Report on sanitation, dispensaries, and jails in Rajputana for 1909, and on vaccination for the year 1909-1910 - 1909-1910
Year: 1909
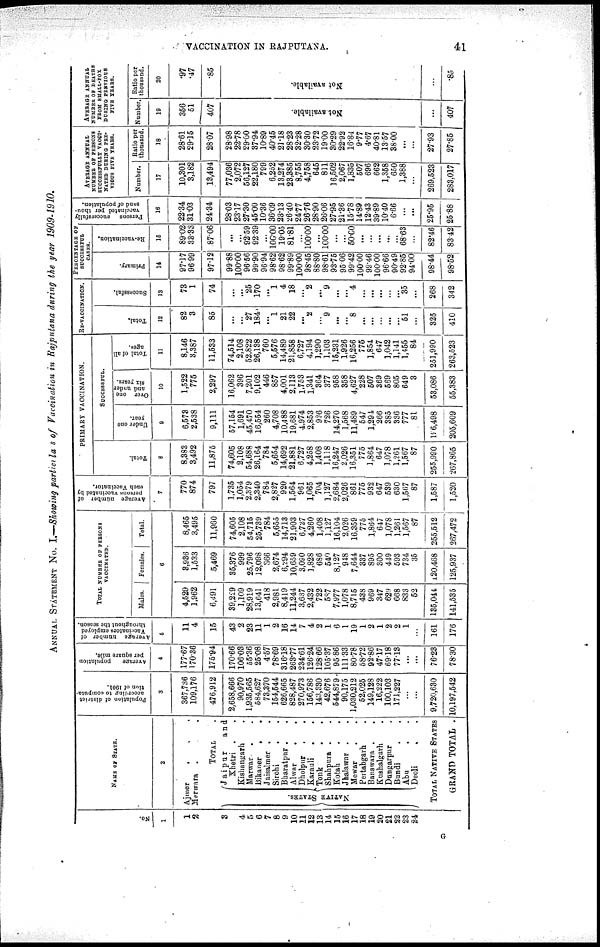
VACCINATION IN RAJPUTANA.
41
ANNUAL STATEMENT No. I.—Showing particulas of Vaccination in Rajputana during the year
1909-1910.
No
1
1
2
3
4
5
6
7
8
9
10
11
12
13
14
15
16
17
18
19
20
21
22
23
24
NAME OF STATE.
2
Ajmer
.
. .
Merwara . .
TOTAL .
NATIVE STATES.
Jaipur
and
Khetri . .
Kishangarh .
Marwar . .
Bikaner
.
.
Jaisalmer . .
Sirohi . .
Bharatpur . .
Alwar . .
Dholpur
.
.
Karauli
. .
Tonk . .
Shahpura . .
Kotah . .
Jhalawar . .
Mewar . .
Pertabgarh .
Banswara . .
Kushalgarh .
Dungarpur .
Bundi . .
Abu . .
Deoli . .
TOTAL NATIVE STATES
GRAND TOTAL .
Population of district
according to computa-
tion of 1901.
3
367,736
109,176
476,912
2,658,666
90,970
1,935,565
584,627
73,370
154,544
626,665
828,487
270,973
156,786
143,330
42,676
544,879
90,175
1,030,212
52,025
149,128
16,222
100,103
171,227
...
...
9,720,630
10,197,542
Average
population
per square mile.
4
177.67
170.36
175.94
170.66
106.03
55.36
25.08
4.57
78.69
316.18
263.77
234.61
126.24
128.66
105.37
95.86
111.33
80.78
58.72
92.86
47.17
69.18
77.13
...
...
76.23
78.30
Average number of
Vaccinators employed
throughout the season.
5
11
4
15
43
2
23
11
1
2
16
14
7
4
2
1
6
1
19
1
2
1
2
2
1
...
161
176
TOTAL NUMBER OF PERSONS
VACCINATED.
Males.
Females.
Total.
6
4,529
1,962
6,491
39,229
1,109
28,919
13,641
418
2,981
8,419
11,244
3,637
2,432
722
587
7,977
1,078
8,715
438
969
347
629
668
833
52
135,044
141,535
3,936
1,533
5,469
35,376
999
25,796
12,098
366
2,674
6,294
10,659
3,090
1,828
686
540
8,127
948
7,644
337
895
300
449
593
734
35
120,468
125,937
8,465
3,495
11,960
74,605
2,108
54,715
25,739
784
5,655
14,713
21,903
6,727
4,260
1,408
1,127
16,104
2,026
16,359
775
1,864
647
1,078
1,261
1,567
87
255,512
267,472
Average number of
persons vaccinated by
each Vaccinator.
7
770
874
797
1,735
1,054
2,379
2,340
784
2,827
920
1,564
961
1,065
704
1,127
2,684
2,026
861
775
932
647
539
630
l,567
87
1,587
1,520
PRIMARY VACCINATION.
Total.
8
8,383
3,492
11,875
74,605
2,108
54,688
26,164
784
5,654
14,692
21,881
6,727
4,258
1,408
1,118
16,247
2,026
16,351
775
1,864
647
1,078
1,261
1,567
87
255,990
267,865
SUCCESSFUL.
Under one
year.
9
6,573
2,538
9,111
57,154
1,691
45,470
16,554
260
4,708
10,488
19,681
4,974
2,853
926
726
14,270
1,568
11,489
547
1,294
266
385
336
777
81
196,498
205,609
Over one
and under
six years.
10
1,522
775
2,297
16,062
396
7,201
9,102
446
857
4,001
2,113
1,753
1,341
364
377
958
358
4,627
228
507
369
569
805
649
3
53,086
55,383
Total of all
ages.
11
8,146
3,387
11,533
74,514
2,108
52,822
26,138
760
5,576
14,489
21,858
6,727
4,194
1,290
1,103
15,231
1,926
16,256
775
1,854
647
1,042
1,141
1,455
84
251,990
263,523
RE-VACCINATION.
Total.
12
82
3
85
...
...
27
184
...
1
21
22
...
2
...
9
...
...
8
...
...
...
...
...
51
...
325
410
Successful.
13
73
1
74
...
...
25
170
...
1
4
18
...
2
...
9
...
...
4
...
...
...
...
...
35
...
268
342
PERCENTAGE OF
SUCCESSFUL
CASES.
Primary.
14
97.17
96.99
97.12
99.88
100.00
96.56
99.90
96.94
98.62
98.62
99.89
100.00
98.45
88.80
98.61
93.75
95.06
99.42
100.00
99.46
100.00
96.66
90.49
92.85
94.00
98.44
98.52
Re-vaccination.
15
89.02
33.33
87.06
...
...
92.59
92.39
...
100.00
19.05
81.81
...
100.00
...
100.00
...
...
50.00
...
...
...
...
...
68.63
...
82.46
83.42
Persons
successfully
vaccinated per thou¬
sand of population.
16
22.34
31.03
24.34
28.03
23.17
27.30
45.00
10.36
36.09
23.13
26.40
24.77
26.76
28.90
26.06
27.95
21.36
15.78
14.89
12.43
39.89
10.40
6.66
...
...
25.95
25.88
AVERAGE ANNUAL
NUMBER OF PERSONS
SUCCESSFULLY VACCI¬
NATED DURING PRE¬
VIOUS FIVE YEARS.
Number.
17
10,301
3,182
13,494
77,036
2,072
56,127
22,180
799
6,252
13,274
23,385
8,755
4,758
645
811
16,502
2,067
1,835
507
696
662
1,358
650
1,388
...
269,523
283,017
Ratio per
thousand.
18
28.61
29.15
28.07
28.98
22.78
29.00
37.94
10.89
40.45
21.18
28.23
32.28
30.30
23.72
19. 00
30.29
22.92
16.84
9.77
4.67
40.81
13.57
38.00
...
...
27.93
27.85
AVERAGE ANNUAL
NUMBER OF DEATHS
FROM SMALL-POX
DURING PREVIOUS
FIVE YEARS.
Number.
19
356
51
407
Not available.
...
407
Ratio per
thousand.
20
.97
.47
.85
Not available.
.85